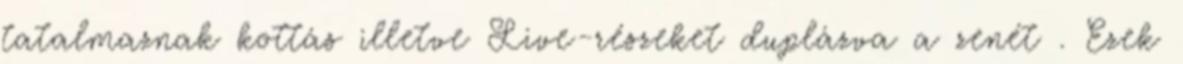
tatalmaznak kottás illetve Live-részeket duplázva a zenét . Ezek